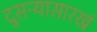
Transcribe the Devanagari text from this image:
दुसऱ्यासारखं